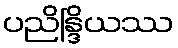
ပညိန္ဒြိယဿ